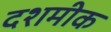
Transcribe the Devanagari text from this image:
दशमीक